Lunatic asylums Punjab 1881-1894 - 1881-1894
Year: 1881
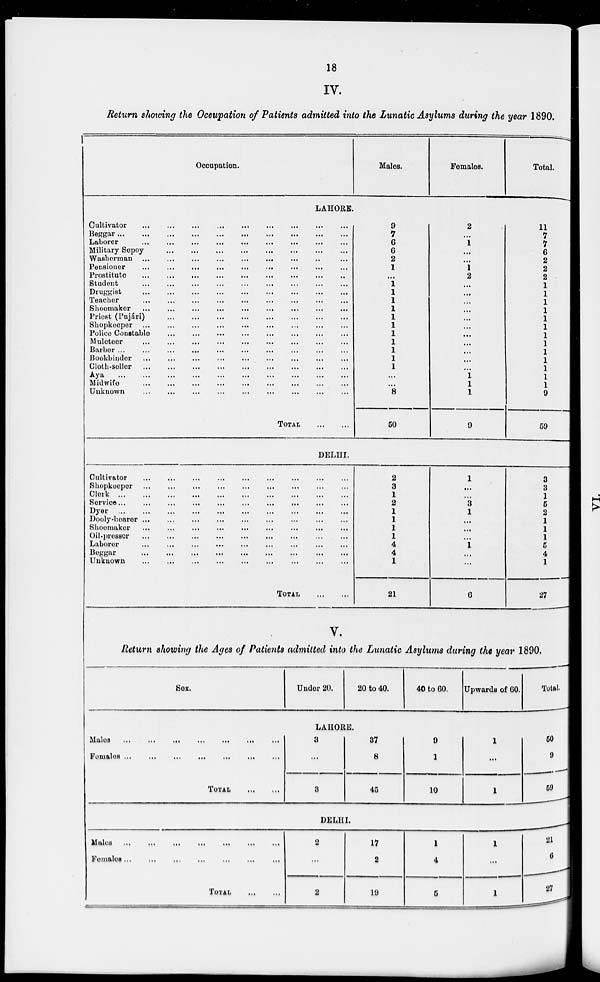
18
IV.
Return showing the Occupation of Patients admitted into the Lunatic Asylums during the year 1890.
Occupation.
Males.
Females.
Total.
LAHORE.
Cultivator
...
...
...
...
...
...
...
...
...
Beggar ...
...
...
...
...
...
...
...
...
...
Laborer
...
...
...
...
...
...
...
...
...
Military Sepoy
...
...
...
...
...
...
...
...
...
Washerman
...
...
...
...
...
...
...
...
...
Pensioner
...
...
...
...
...
...
...
...
...
Prostitute
...
...
...
...
...
...
...
...
...
Student ... ... ... ... ... ... ... ... ...
Druggist ... ... ... ... ... ... ... ... ...
Teacher
...
...
...
...
...
...
...
...
...
Shoemaker ... ... ... ... ... ... ... ... ...
Priest (Pujári) ... ... ... ... ... ... ... ... ...
Shopkeeper
...
...
...
...
...
...
...
...
...
Police Constable
...
...
...
...
...
...
...
Muleteer
...
...
...
...
...
...
...
...
...
Barber
...
...
...
...
...
...
...
...
...
Bookbinder
...
...
...
...
...
...
...
...
...
Cloth-seller
...
...
...
...
...
...
...
...
...
Aya
...
...
...
...
...
...
...
...
...
...
Midwife ... ... ... ... ... ... ... ... ... ...
..
...
Unknown
...
...
...
...
...
...
...
...
...
TOTAL
...
...
DELHI.
Cultivator
...
...
...
...
...
...
...
...
...
Shopkeeper ...
...
...
...
...
...
...
Clerk ... ... ... ... ... ... ... ... ...
Service
...
...
...
...
...
...
Dyer
...
...
...
...
...
...
...
...
...
Dooly -bearer ...
...
...
...
...
...
...
...
...
...
...
...
Shoemaker
...
...
...
...
...
...
...
...
...
Oil-presser ... ... ... ... ... ... ... ... ...
Laborer
...
...
...
...
...
...
...
...
...
Beggar
...
...
...
...
...
...
...
...
...
Unknown
...
...
...
...
...
...
...
...
...
TOTAL
...
...
9
7
6
6
2
1
...
1
1
1
1
1
1
1
1
1
1
1
...
...
8
50
2
3
1
2
1
1
1
1
4
4
1
21
2
...
1
...
...
1
2
...
...
...
...
...
...
...
...
...
...
...
1
1
1
9
1
...
...
3
1
...
...
...
1
...
...
6
11
7
7
6
2
2
2
1
1
1
1
1
1
1
1
1
1
1
1
1
9
59
3
3
1
5
2
1
1
1
5
4
1
27
V.
Return showing the Ages of Patients admitted into the Lunatic Asylums during the year 1890.
Sex.
Under 20.
20 to 40.
40 to 60.
Upwards of 60.
Total.
LAHORE.
Males
...
...
...
...
...
...
...
...
...
...
...
Females
...
...
...
...
...
...
...
...
...
...
TOTAL
...
...
3
...
3
37
8
45
9
1
10
1
...
1
50
9
59
DELHI.
Males. ... .... ... .... ... ....
Females. ... .... ... .... ... ....
TOTAL ... ...
2
...
2
17
2
19
1
4
6
1
...
1
21
6
27